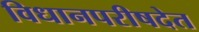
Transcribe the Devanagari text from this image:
विधानपरीषदेत